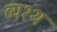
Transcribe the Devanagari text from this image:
व्यश्थ